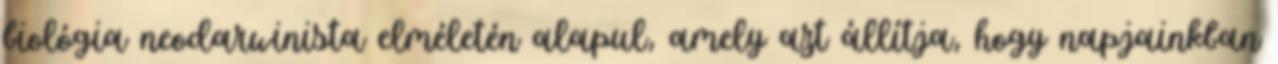
biológia neodarwinista elméletén alapul, amely azt állítja, hogy napjainkban